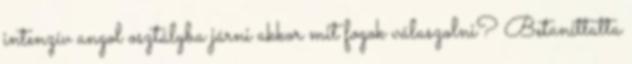
intenzív angol osztályba járni akkor mit fogok válaszolni? Betaníttatta